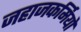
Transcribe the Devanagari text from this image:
जहाजकर्मियों